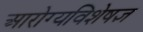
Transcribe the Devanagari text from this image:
आरोग्यविशेषज्ञ